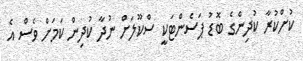
ކުށްކުރާ ކުދިންގެ ބޮޑު ޕަސެންޓަކީ ސްކޫލަށް ނުދާ ކުދިން ކަމަށް ވެސް އެ